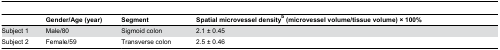
<table><thead><tr><td></td><td><b>Gender/Age (year)</b></td><td><b>Segment</b></td><td><b>Spatial microvessel density<sup>b</sup> (microvessel volume/tissue volume) × 100%</b></td></tr></thead><tbody><tr><td>Subject 1</td><td>Male/80</td><td>Sigmoid colon</td><td>2.1 ± 0.45</td></tr><tr><td>Subject 2</td><td>Female/59</td><td>Transverse colon</td><td>2.5 ± 0.46</td></tr></tbody></table>